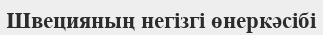
Швецияның негізгі өнеркәсібі